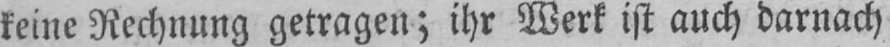
keine Rechnung getragen; ihr Werk ist auch darnach